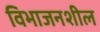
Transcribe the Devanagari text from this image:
विभाजनशील